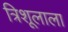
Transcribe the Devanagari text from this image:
त्रिशूलाला